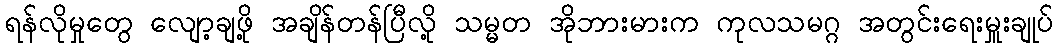
ရန်လိုမှုတွေ လျော့ချဖို့ အချိန်တန်ပြီလို့ သမ္မတ အိုဘားမားက ကုလသမဂ္ဂ အတွင်းရေးမှူးချုပ်